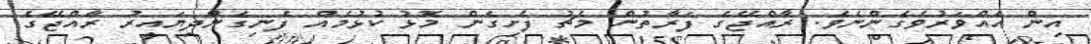
އިން އެއްވަރުވެގެންނެވެ. ރާއްޖޭގެ ފަރާތުން މެޗު ފެށިގެން މޮޅު ކުޅުމެއް ފެނިގެންދިޔައިރު ރާއްޖޭގެ